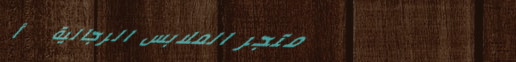
متجر الملابس الرجالية   أ